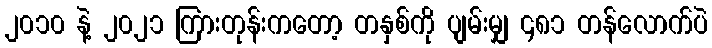
၂၀၁၀ နဲ့ ၂၀၂၁ ကြားတုန်းကတော့ တနှစ်ကို ပျမ်းမျှ ၄၈၁ တန်လောက်ပဲ